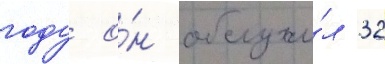
году о́н обслужи́л 32